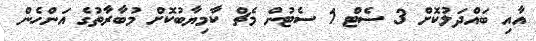
އާއި ބައްދަލުކޮށް 3 ސެޓް 1 ސެޓުން މެޗް ކާމިޔާބުކޮށް މުބާރާތުގެ އަންހެން